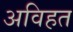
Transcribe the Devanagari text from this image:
अविहत